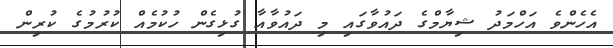
އެހެންވެ އަހްމަދު ޝިޔާމްގެ ދައުވާގައި މި ދައުވާއާ ގުޅިގެން ހުކުމެއް ކުރުމުގެ ކުރިން